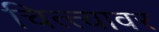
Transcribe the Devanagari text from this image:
चित्त्यावर